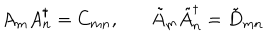
LaTeX: A _ { m } A _ { n } ^ { \dagger } = C _ { m n } , \tilde { A } _ { m } \tilde { A } _ { n } ^ { \dagger } = \tilde { D } _ { m n }